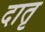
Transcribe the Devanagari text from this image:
दातृ